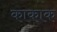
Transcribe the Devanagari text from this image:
काकाक